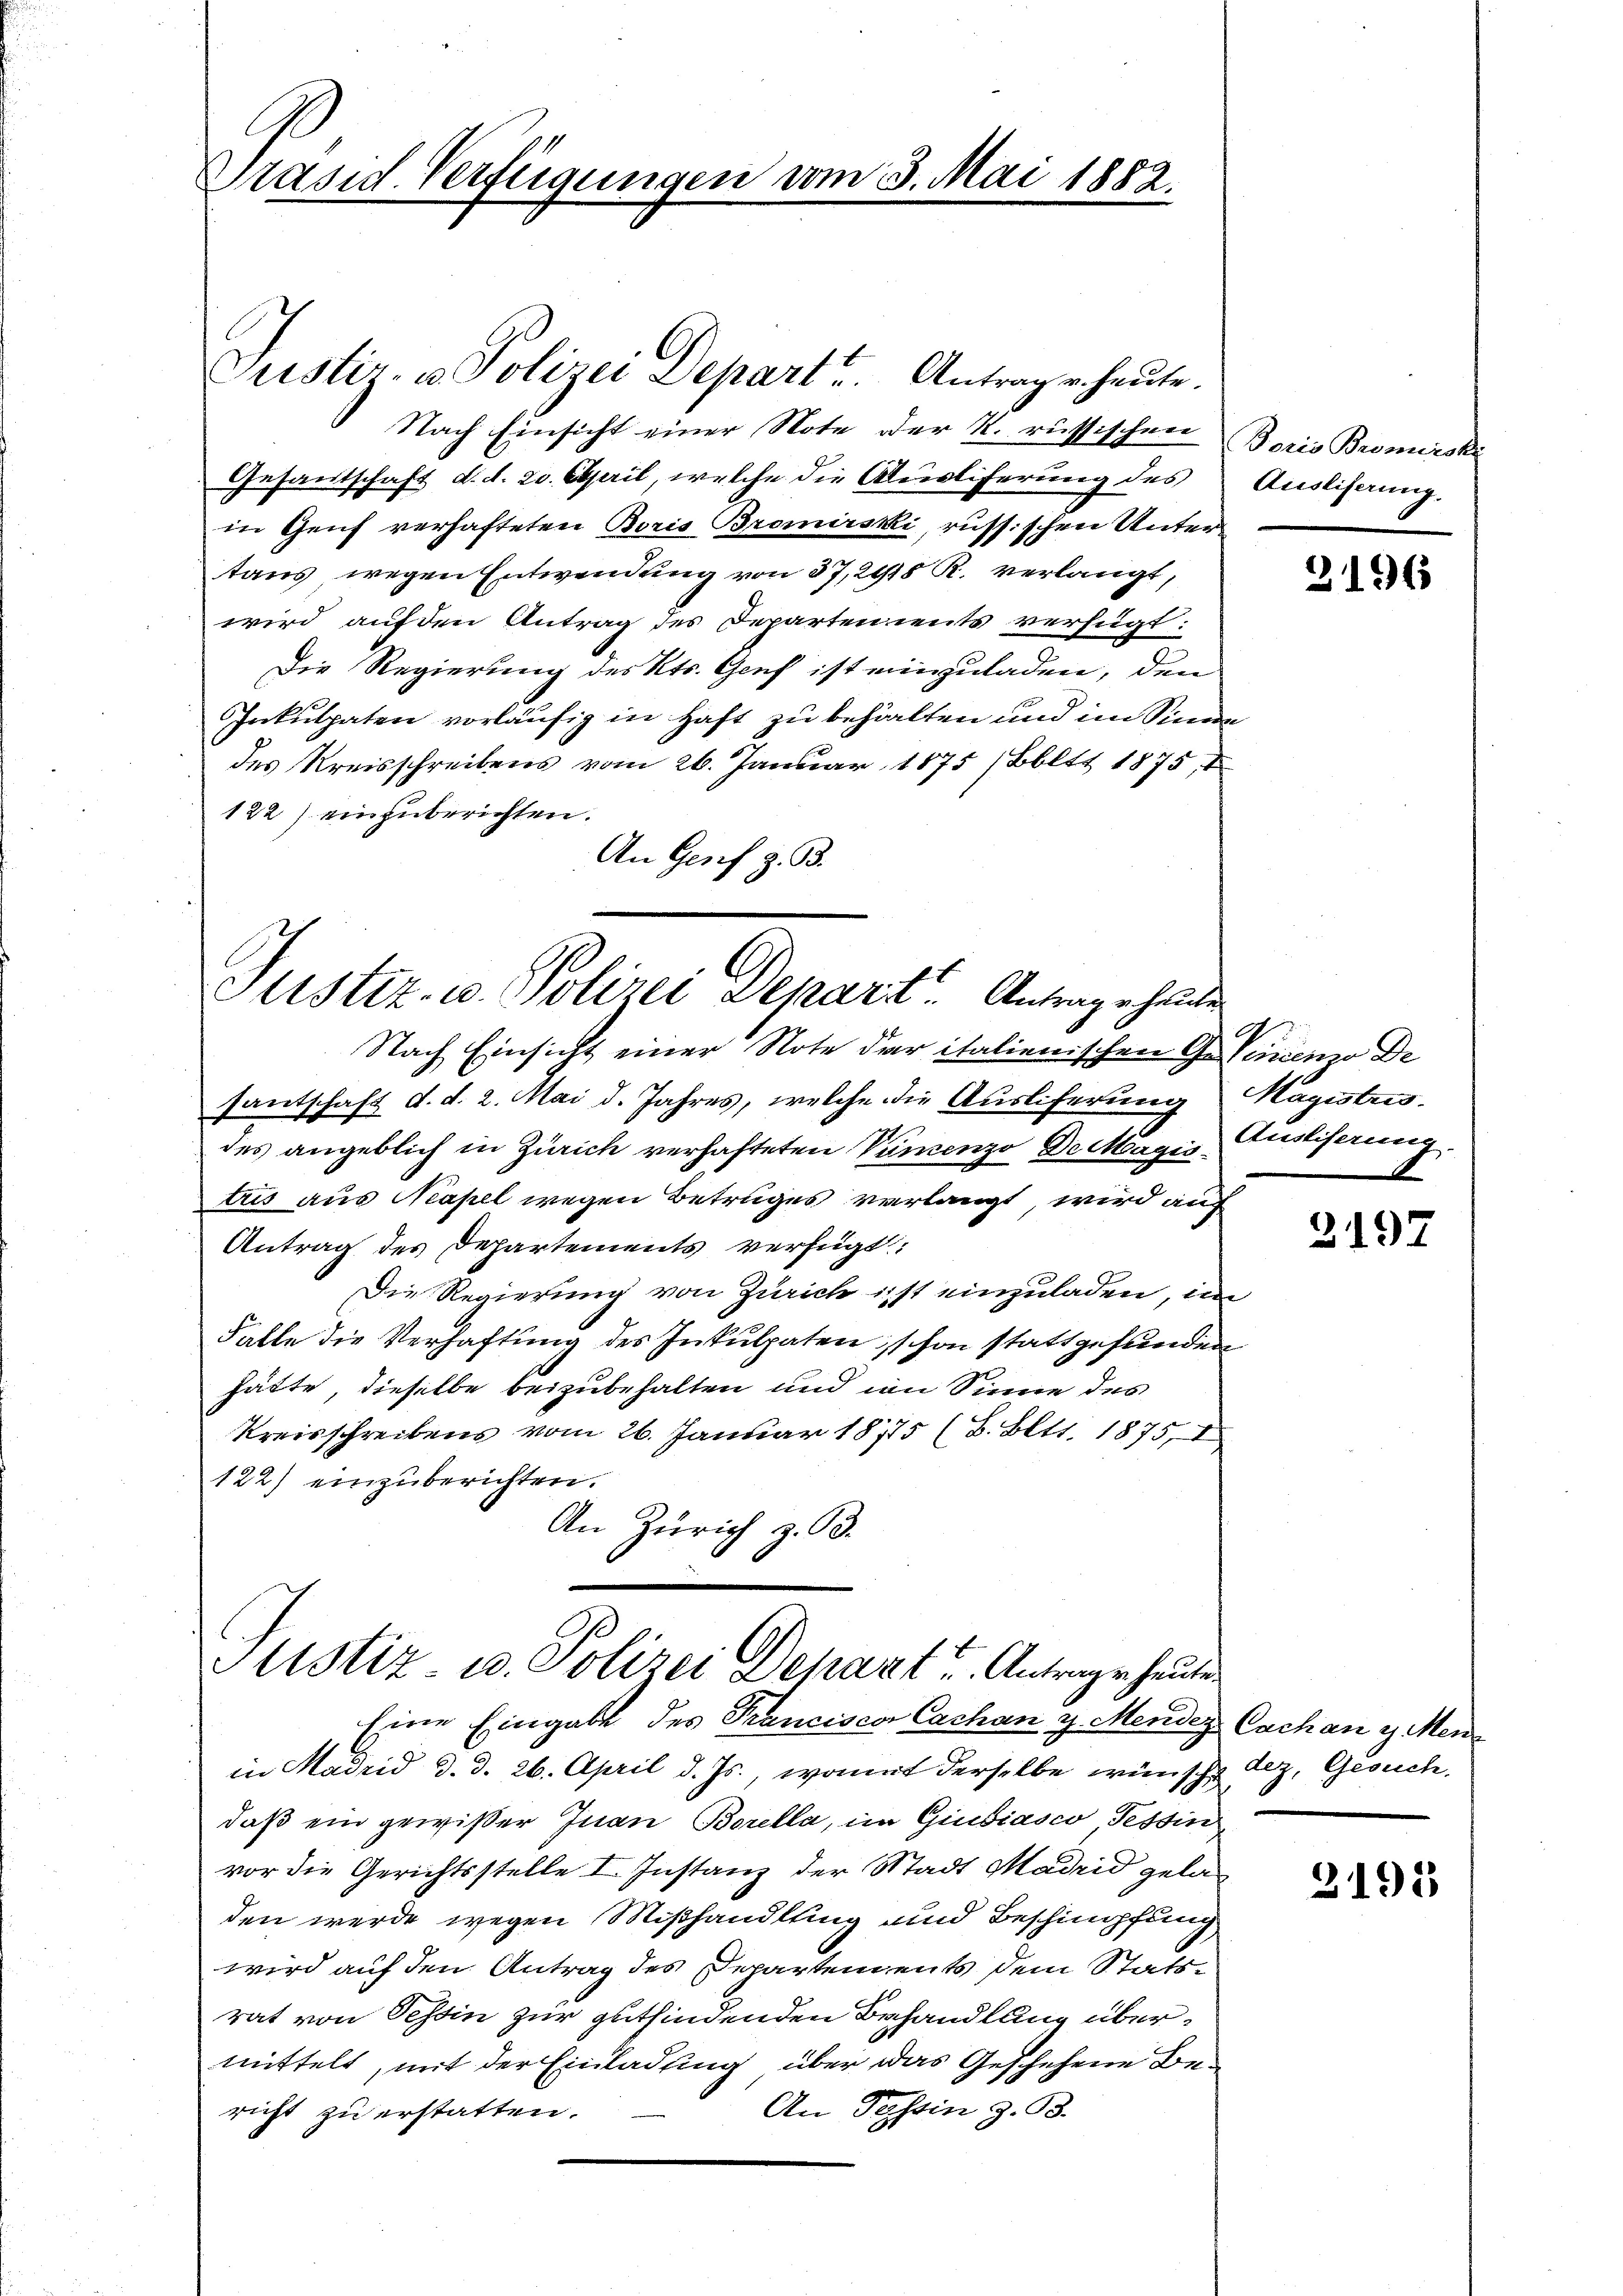
Präsid. Verfügungen vom 3. Mai 1882.

Justiz- u. Polizei Depart u. Antrag u. heute.
Nach Einsicht einer Note der K. russischen Boris Bromerski
Gesandschaft d. d. 20. April, welche die Ausliferung des Ausliseung-
in Genf verhafteten Boris Bromirski, russischen Unter
taus wegen Entwendung von 37,2918 R. verlangt,
wird auf den Antrag des Departen ents verfügt:
Die Regierung des Kts. Genf ist einzuladen, den
Inkulpaten vorläufig in Haft zu behalten und im Sinne
des Kreisschreibens vom 26. Januar 1875 (Bbltt 1875,
122) einzuberichten.
An Genf z. B.

Justiz- u. Polizei Deparit“ Antrage halte
Nach Einsicht einer Note der italienischen Gelinienzo De

santschaft d. d. 2. Mai d. Jahres, welche die Auslieferung Magistes-
des angeblich in Zürich verhafteten Vincenzo De Magis Austiferung.
tris aus Neapel wegen Betruges verlangt, wird auch
Antrag des Departements verfügt:
Die Regierung von Zürich ist einzuladen, im
Falle die Verhaftung des Inkulpaten, schon stattgefunden
hätte, dieselbe beizubehalten und im Sinne des
Kreisschreibens vom 26. Januar 18775 (8. Bett. 1875, 1
122) einzuberichten.
An Zürich z. B.

Justiz- u. Polizei Depart u. Antrage heuten

Eine Eingabe des Franciscor Cachan v. Mender
in Madrid d. d. 26. April d. Js., womit derselbe wünsche dez. Gesuch.
daß ein gewißer Juan Borella, im Giubiasco Tessin
vor die Gerichtsstelle I. Instanz der Stadt Madrid geladen werde wegen Mißhandlung und Beschimpfung,
wird auf den Antrag des Departendents dem Stattrat von Tessin zur gutfindenden Behandlung übermittelt, mit der Einladung über das Geschehene Be¬
An Tessin z. B.
richt zu erstatten.

3196

d

2197

Cachan y. Men

3195